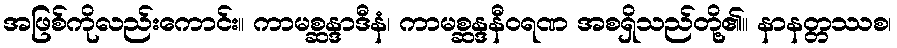
အဖြစ်ကိုလည်းကောင်း။ ကာမစ္ဆန္ဒာဒီနံ၊ ကာမစ္ဆန္ဒနီဝရဏ အစရှိသည်တို့၏။ နာနတ္တဿစ၊